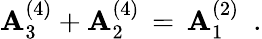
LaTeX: \mathbf{A}_{3}^{(4)}+\mathbf{A}_{2}^{(4)}\, =\, \mathbf{A}_{1}^{(2)}\, \, \, .